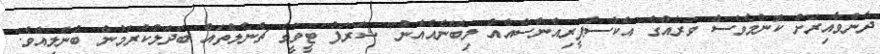
ދާންވާއިރަށް ކޮންމެވެސް ވަރެއްގެ އެކްސްޕީރިއެންސްއެއް ލިބޭނެއެއްނު" ޝަރަފް ޓީވީގެ ޗެނެލްތައް ބަދަލުކުރަމުން ބުނެލިއެވެ.